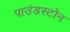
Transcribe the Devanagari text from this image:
पाउंडस्टोन